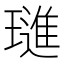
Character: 璡